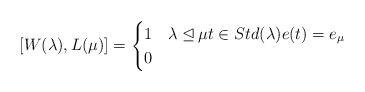
\begin{align*}[W(\lambda),L(\mu)]=\begin{cases}1 & \lambda \unlhd\mu t\in Std(\lambda) e(t)=e_{\mu}\\0 &\end{cases}\end{align*}